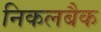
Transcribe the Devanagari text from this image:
निकलबैक